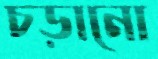
চড়ানো